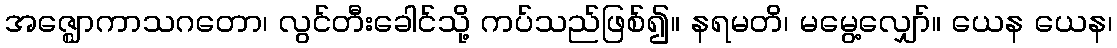
အဇ္ဈောကာသဂတော၊ လွင်တီးခေါင်သို့ ကပ်သည်ဖြစ်၍။ နရမတိ၊ မမွေ့လျှော်။ ယေန ယေန၊